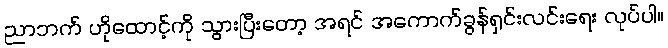
ညာဘက် ဟိုထောင့်ကို သွားပြီးတော့ အရင် အကောက်ခွန်ရှင်းလင်းရေး လုပ်ပါ။